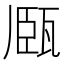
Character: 𤭘